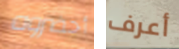
أحضروه أعرف